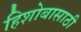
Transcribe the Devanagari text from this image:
हिशोबासाठी